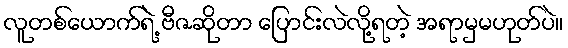
လူတစ်ယောက်ရဲ့ ဗီဇဆိုတာ ပြောင်းလဲလို့ရတဲ့ အရာမှမဟုတ်ပဲ။